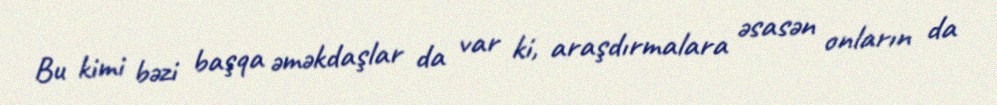
Bu kimi bəzi başqa əməkdaşlar da var ki, araşdırmalara əsasən onların da